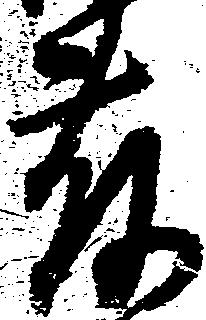
藤